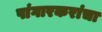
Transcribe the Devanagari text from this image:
पांगारकरांचा